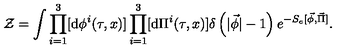
{ \cal Z } = \int \prod _ { i = 1 } ^ { 3 } [ \mathrm { d } { \phi } ^ { i } ( \tau , x ) ] \prod _ { i = 1 } ^ { 3 } [ \mathrm { d } { \Pi } ^ { i } ( \tau , x ) ] \delta \left( | \vec { \phi } | - 1 \right) e ^ { - S _ { e } [ \vec { \phi } , \vec { \Pi } ] } .